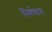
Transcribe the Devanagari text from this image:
निर्णयास